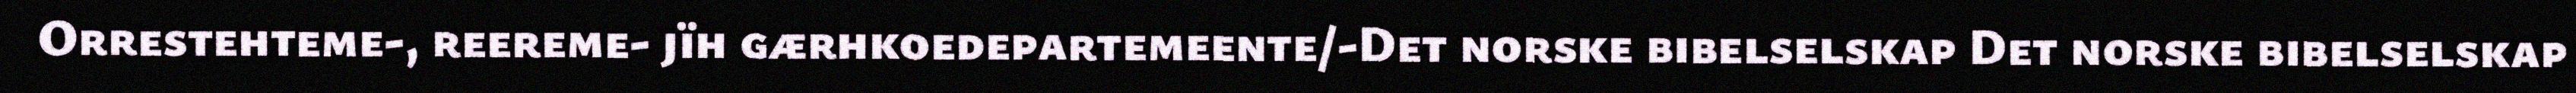
Orrestehteme-, reereme- jïh gærhkoedepartemeente/-Det norske bibelselskap Det norske bibelselskap